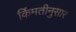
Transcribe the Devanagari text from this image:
किंमतीनुसार